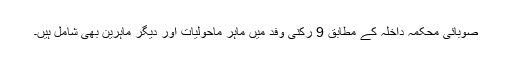
صوبائی محکمہ داخلہ کے مطابق 9 رکنی وفد میں ماہر ماحولیات اور دیگر ماہرین بھی شامل ہیں۔